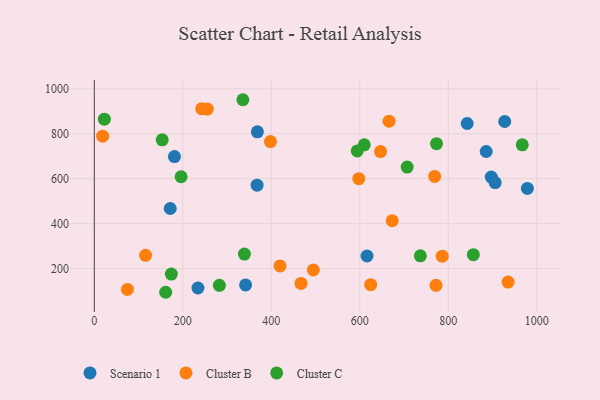
{"axis": {"x": "Engine Size", "y": "Yield"}, "legend": ["Cluster B", "Cluster C", "Scenario 1"], "data": [{"x": "897.2", "y": 606.9, "type": "Scenario 1"}, {"x": "927.6", "y": 854.5, "type": "Scenario 1"}, {"x": "842.7", "y": 845.6, "type": "Scenario 1"}, {"x": "234.3", "y": 113.5, "type": "Scenario 1"}, {"x": "368.6", "y": 808.6, "type": "Scenario 1"}, {"x": "978.8", "y": 556.4, "type": "Scenario 1"}, {"x": "171.6", "y": 467.2, "type": "Scenario 1"}, {"x": "341.9", "y": 127.2, "type": "Scenario 1"}, {"x": "906.0", "y": 582.5, "type": "Scenario 1"}, {"x": "616.3", "y": 255.8, "type": "Scenario 1"}, {"x": "181.1", "y": 698.2, "type": "Scenario 1"}, {"x": "885.8", "y": 720.8, "type": "Scenario 1"}, {"x": "367.9", "y": 571.1, "type": "Scenario 1"}, {"x": "255.5", "y": 909.5, "type": "Cluster B"}, {"x": "935.2", "y": 139.7, "type": "Cluster B"}, {"x": "398.1", "y": 764.9, "type": "Cluster B"}, {"x": "74.8", "y": 107.0, "type": "Cluster B"}, {"x": "646.9", "y": 720.5, "type": "Cluster B"}, {"x": "242.7", "y": 911.1, "type": "Cluster B"}, {"x": "597.8", "y": 600.0, "type": "Cluster B"}, {"x": "666.2", "y": 855.8, "type": "Cluster B"}, {"x": "772.3", "y": 125.5, "type": "Cluster B"}, {"x": "467.2", "y": 134.0, "type": "Cluster B"}, {"x": "495.0", "y": 193.5, "type": "Cluster B"}, {"x": "769.2", "y": 610.0, "type": "Cluster B"}, {"x": "624.6", "y": 128.3, "type": "Cluster B"}, {"x": "673.3", "y": 412.8, "type": "Cluster B"}, {"x": "786.4", "y": 254.9, "type": "Cluster B"}, {"x": "115.9", "y": 258.7, "type": "Cluster B"}, {"x": "419.8", "y": 211.8, "type": "Cluster B"}, {"x": "18.8", "y": 788.9, "type": "Cluster B"}, {"x": "335.8", "y": 951.3, "type": "Cluster C"}, {"x": "594.3", "y": 723.3, "type": "Cluster C"}, {"x": "161.3", "y": 94.4, "type": "Cluster C"}, {"x": "339.3", "y": 264.6, "type": "Cluster C"}, {"x": "967.2", "y": 750.4, "type": "Cluster C"}, {"x": "736.9", "y": 256.6, "type": "Cluster C"}, {"x": "856.7", "y": 261.6, "type": "Cluster C"}, {"x": "174.1", "y": 175.2, "type": "Cluster C"}, {"x": "22.7", "y": 864.8, "type": "Cluster C"}, {"x": "707.1", "y": 651.7, "type": "Cluster C"}, {"x": "610.2", "y": 750.8, "type": "Cluster C"}, {"x": "196.2", "y": 608.5, "type": "Cluster C"}, {"x": "773.4", "y": 755.7, "type": "Cluster C"}, {"x": "282.7", "y": 125.2, "type": "Cluster C"}, {"x": "153.5", "y": 773.0, "type": "Cluster C"}]}